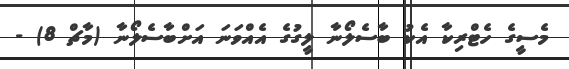
މެސީގެ ހެޓްރިކާ އެކު ބާސެލޯނާ ލީގުގެ އެއްވަނަ އަށްބާސެލޯނާ (މާޗް 8) -